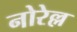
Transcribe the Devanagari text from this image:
नोरेल्ल